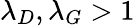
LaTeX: \lambda_{D},\lambda_{G}>1